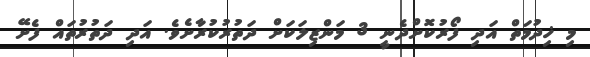
މި ޚިދުމަތް އަދި ފޯރުކޮށްދެނީ 3 މަންޒިލަކަށް ދަތުރުކުރާށެވެ. އަދި ދަތުރުތައް ފެށޭ